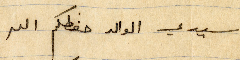
سيدي الوالد حفظكم الله